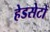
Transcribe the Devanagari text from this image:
हेडसेटों